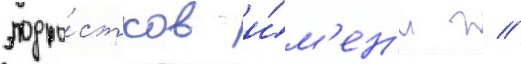
подро́стков и́м'ен'и г //